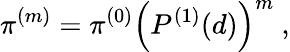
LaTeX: \pi^{(m)}=\pi^{(0)}\Big(P^{(1)}(d)\Big)^{m}\ ,